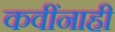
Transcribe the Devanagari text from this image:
कवींनाही